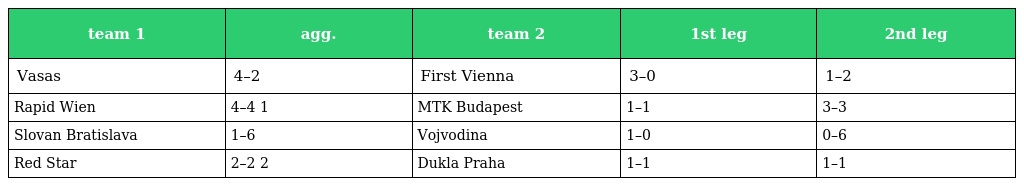
| team 1 | agg. | team 2 | 1st leg | 2nd leg |
 | --- | --- | --- | --- | --- |
 | Vasas | 4–2 | First Vienna | 3–0 | 1–2 |
 | Rapid Wien | 4–4 1 | MTK Budapest | 1–1 | 3–3 |
 | Slovan Bratislava | 1–6 | Vojvodina | 1–0 | 0–6 |
 | Red Star | 2–2 2 | Dukla Praha | 1–1 | 1–1 |